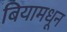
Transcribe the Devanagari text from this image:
बियामधून